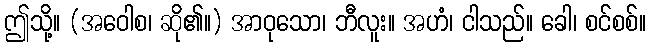
ဤသို့။ (အဝေါစ၊ ဆို၏။) အာဝုသော၊ ဘီလူး။ အဟံ၊ ငါသည်။ ခေါ၊ စင်စစ်။